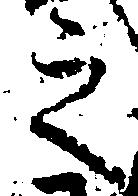
之